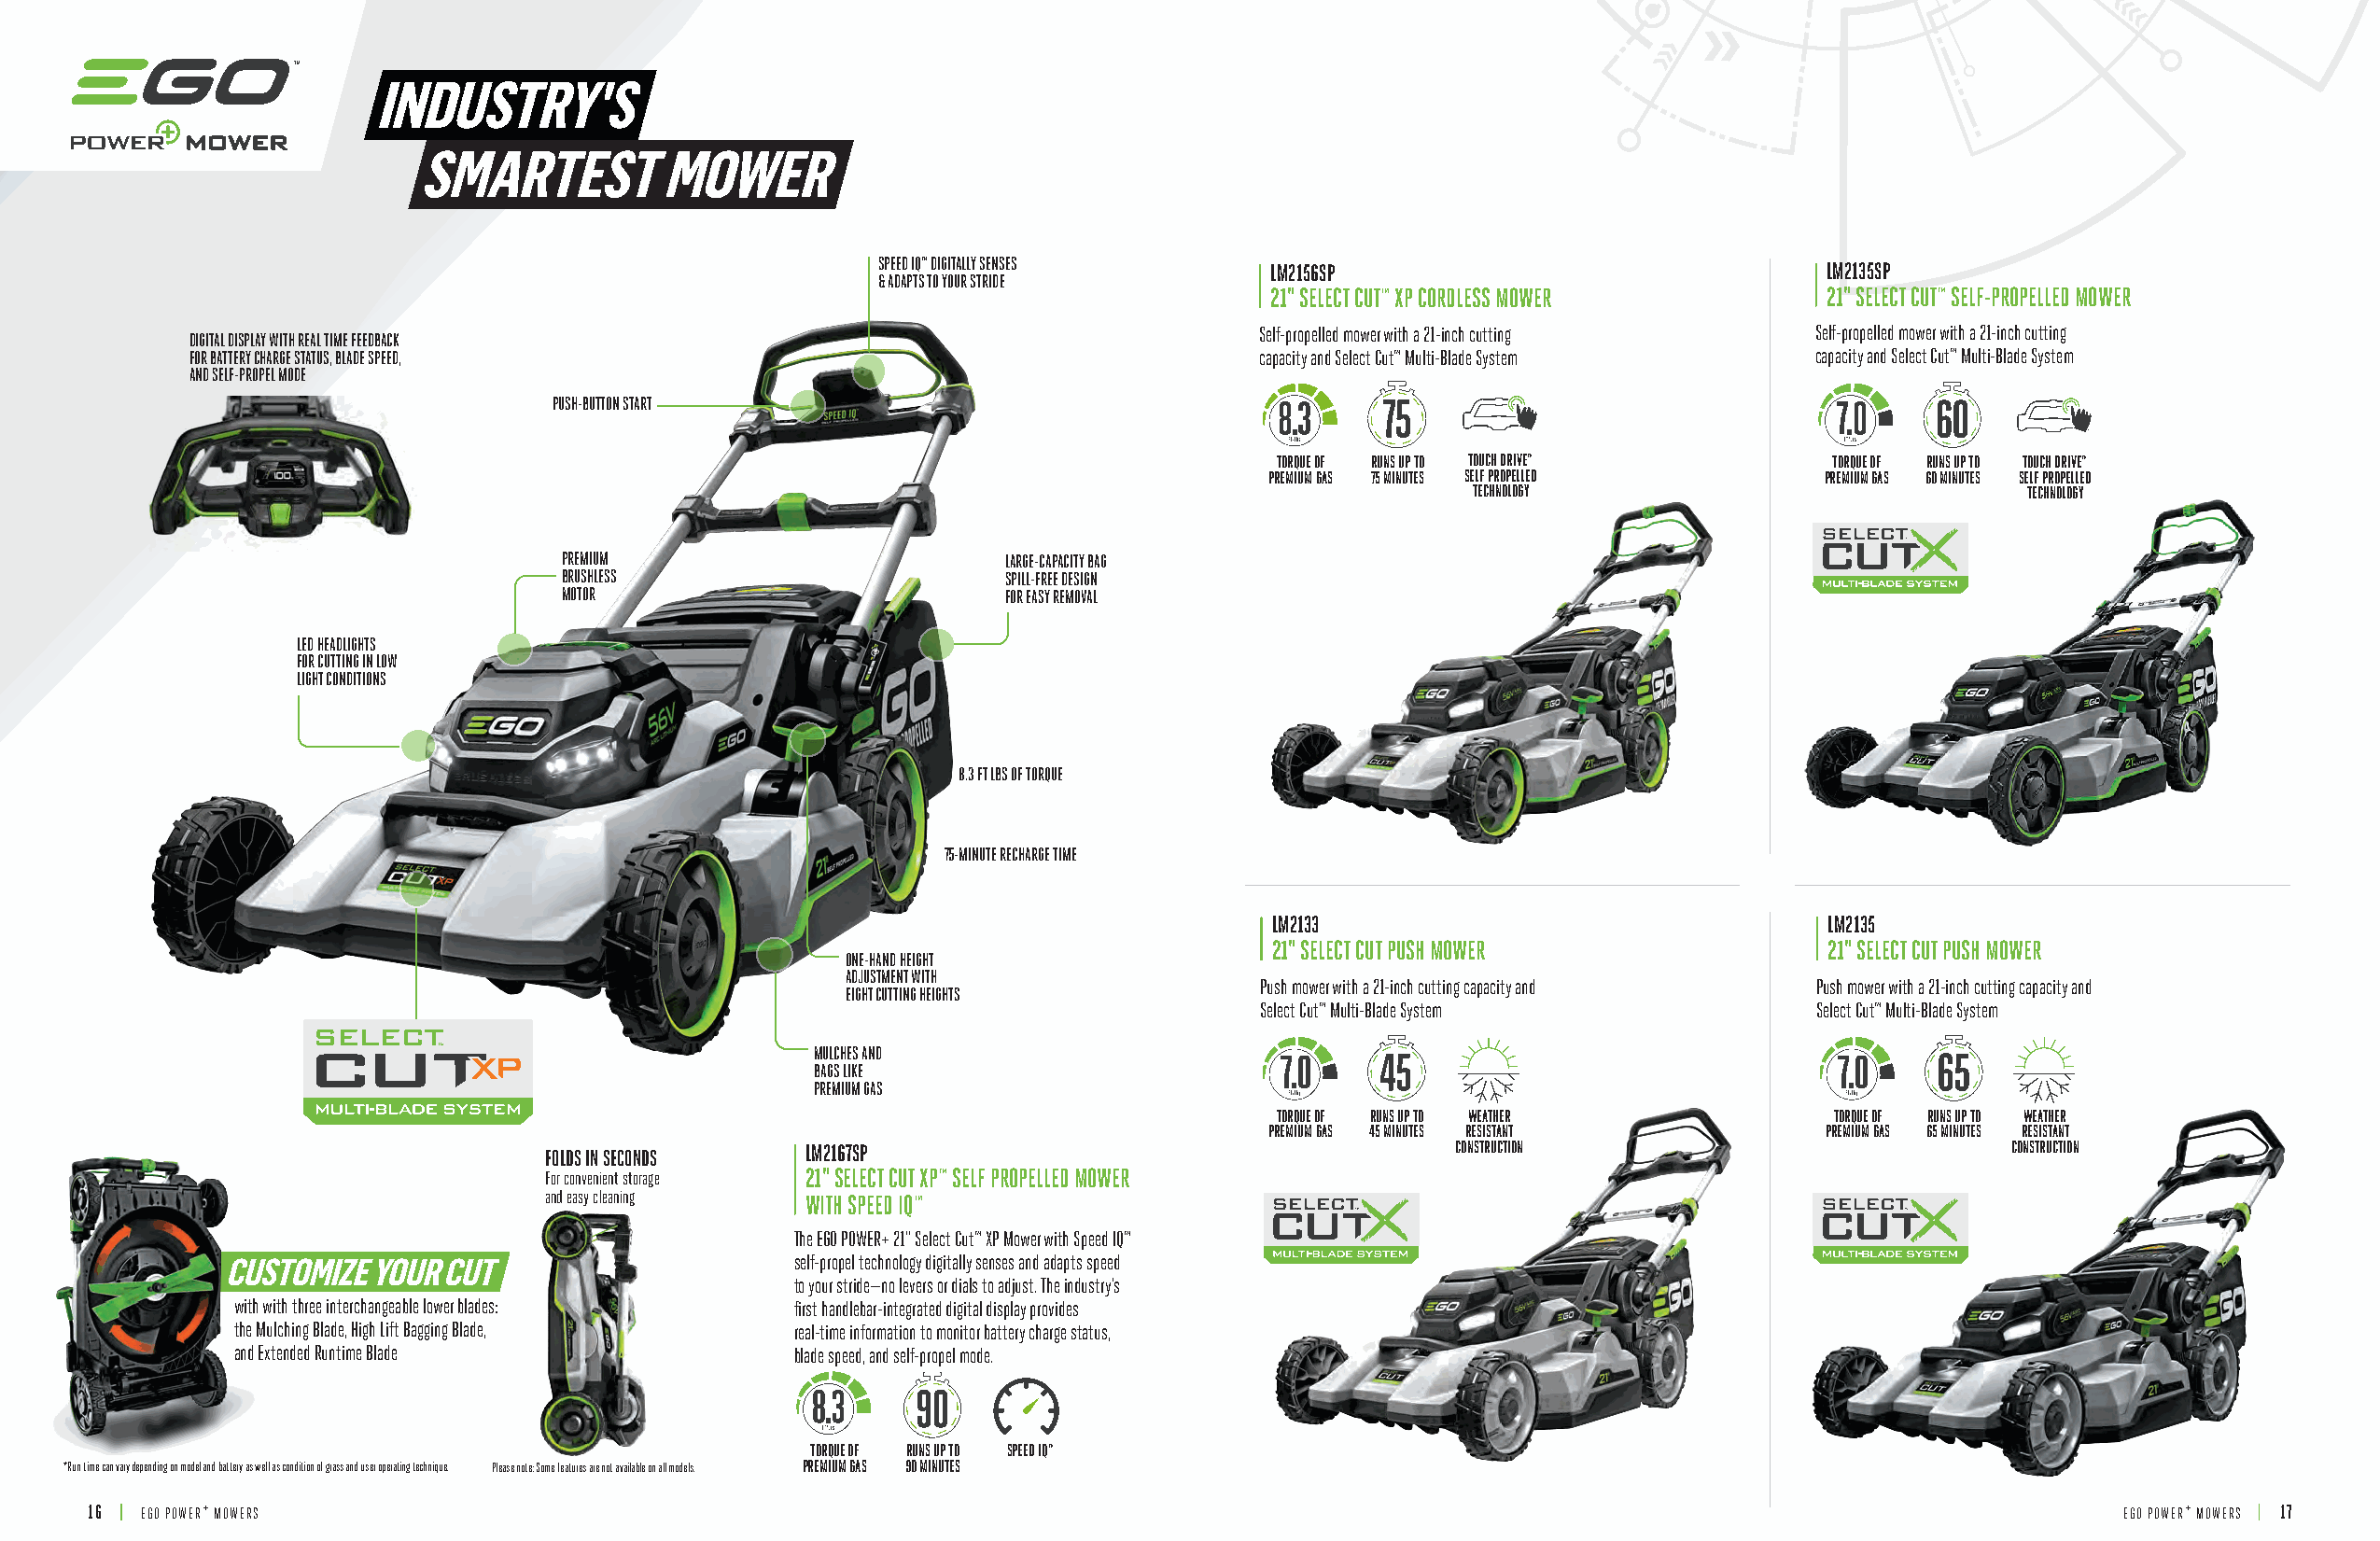
INDUSTRY'S
 MMOOWWEERR
 SMARTEST         MOWER
 SPEED IQ™ DIGITALLY SENSES  LM2156SP                                LM2135SP
 & ADAPTS TO YOUR STRIDE
 21" SELECT CUT™ XP CORDLESS MOWER       21" SELECT CUT™ SELF-PROPELLED MOWER
 Self-propelled mower with a 21-inch cutting Self-propelled mower with a 21-inch cutting
 DIGITAL DISPLAY WITH REAL TIME FEEDBACK
 FOR BATTERY CHARGE STATUS, BLADE SPEED,                                     capacity and Select Cut™ Multi-Blade System capacity and Select Cut™ Multi-Blade System
 AND SELF-PROPEL MODE
 PUSH-BUTTON START                                          75                                     60
 TORQUE OF RUNS UP TO TOUCH DRIVE™      TORQUE OF RUNS UP TO TOUCH DRIVE™
 PREMIUM GAS 75 MINUTES SELF PROPELLED  PREMIUM GAS 60 MINUTES SELF PROPELLED
 TECHNOLOGY                              TECHNOLOGY
 PREMIUM                        LARGE-CAPACITY BAG
 BRUSHLESS                      SPILL-FREE DESIGN
 MOTOR                          FOR EASY REMOVAL
 LED HEADLIGHTS
 FOR CUTTING IN LOW
 LIGHT CONDITIONS
 8.3 FT LBS OF TORQUE
 75-MINUTE RECHARGE TIME
 LM2133                                  LM2135
 21" SELECT CUT PUSH MOWER               21" SELECT CUT PUSH MOWER
 ONE-HAND HEIGHT
 ADJUSTMENT WITH
 Push mower with a 21-inch cutting capacity and Push mower with a 21-inch cutting capacity and
 EIGHT CUTTING HEIGHTS
 Select Cut™ Multi-Blade System          Select Cut™ Multi-Blade System
 MULCHES AND
 BAGS LIKE
 PREMIUM GAS
 TORQUE OF RUNS UP TO WEATHER           TORQUE OF RUNS UP TO WEATHER
 PREMIUM GAS 45 MINUTES RESISTANT        PREMIUM GAS 65 MINUTES RESISTANT
 FOLDS IN SECONDS  LM2167SP                                      CONSTRUCTION                            CONSTRUCTION
 For convenient storage 21" SELECT CUT XP™ SELF PROPELLED MOWER
 and easy cleaning WITH SPEED IQ™
 The EGO POWER+ 21" Select Cut™ XP Mower with Speed IQ™
 CUSTOMIZE YOUR CUT                      self-propel technology digitally senses and adapts speed
 to your stride—no levers or dials to adjust. The industry’s
 with with three interchangeable lower blades: first handlebar-integrated digital display provides
 the Mulching Blade, High Lift Bagging Blade, real-time information to monitor battery charge status,
 and Extended Runtime Blade             blade speed, and self-propel mode.
 TORQUE OF RUNS UP TO SPEED IQ™
 *Run time can vary depending on model and battery as well as condition of grass and user operating technique. Please note: Some features are not available on all models. PREMIUM GAS 90 MINUTES
 16 | EGO POWER+ MOWERS                                                                                                                           EGO POWER+ MOWERS | 17